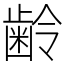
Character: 齢